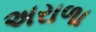
અરાળા